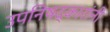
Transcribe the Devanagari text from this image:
उपनिषद्‌कारांनी